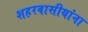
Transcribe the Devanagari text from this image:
शहरवासीयांना